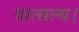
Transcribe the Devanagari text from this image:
वात्सल्य।